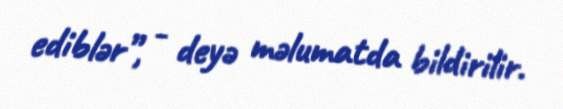
ediblər”, - deyə məlumatda bildirilir.